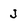
Character: J